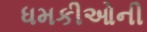
ધમકીઓની